画像に写った文字を読んでください
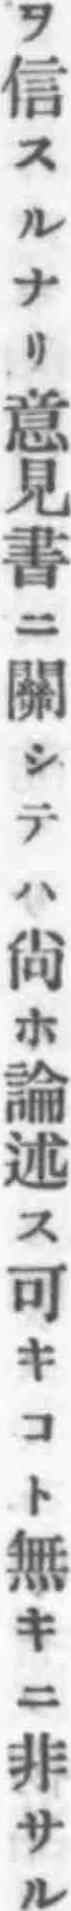
「ヲ信スルナリ意見書ニ關シテハ尙ホ論述ス可キコト無キニ非サル」と書いてあります